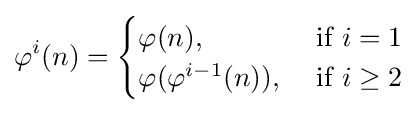
\varphi ^{i}(n)={\begin{cases}\varphi (n),&{\text{ if }}i=1\\\varphi (\varphi ^{i-1}(n)),&{\text{ if }}i\geq 2\end{cases}}